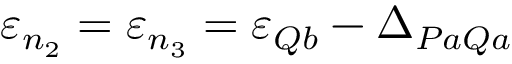
\varepsilon _ { n _ { 2 } } = \varepsilon _ { n _ { 3 } } = \varepsilon _ { Q b } - \Delta _ { P a Q a }